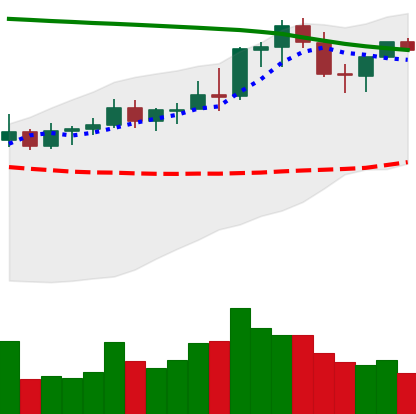
Ticker: NEO-USD
Chart end date: 2021-08-21
Forward return: -6.99%
Label: down_5_7